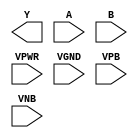
module sky130_fd_sc_lp__nand2 (
    Y   ,
    A   ,
    B   ,
    VPWR,
    VGND,
    VPB ,
    VNB
);

    output Y   ;
    input  A   ;
    input  B   ;
    input  VPWR;
    input  VGND;
    input  VPB ;
    input  VNB ;
endmodule